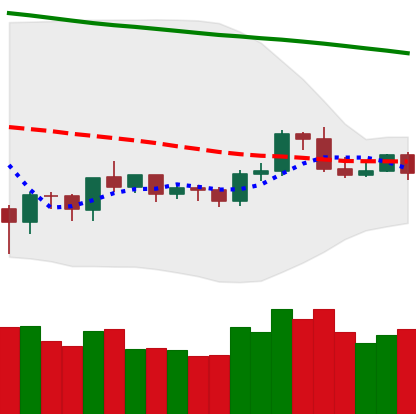
Ticker: ETH-USD
Chart end date: 2019-10-15
Forward return: -3.237%
Label: down_3_5